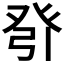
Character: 𰤎